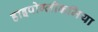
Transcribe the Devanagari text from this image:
हाइपोग्लीकमिया